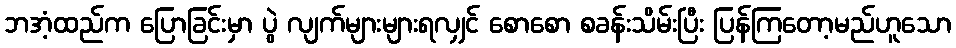
ဘအံ့ထည်က ပြောခြင်းမှာ ပွဲ လျက်များများရလျှင် စောစော စခန်းသိမ်းပြီး ပြန်ကြတော့မည်ဟူသော